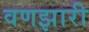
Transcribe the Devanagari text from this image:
वणझारी